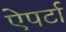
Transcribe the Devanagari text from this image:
ऐपर्टा